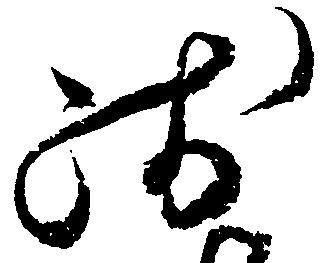
残